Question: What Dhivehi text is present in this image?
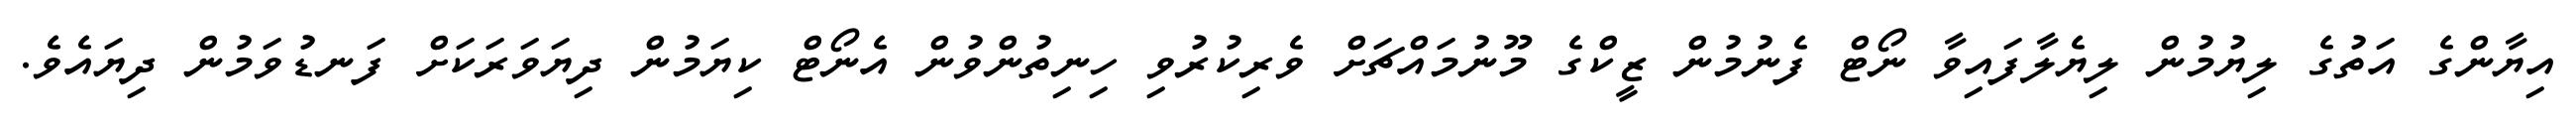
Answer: އިޔާންގެ އަތުގެ ލިޔުމުން ލިޔެލާފައިވާ ނޯޓް ފެނުމުން ޒީކްގެ މޫނުމައްޗަށް ވެރިކުރުވި ހިނިތުންވުން އެނޯޓް ކިޔަމުން ދިޔަވަރަކަށް ފަނޑުވަމުން ދިޔައެވެ.